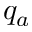
q _ { a }